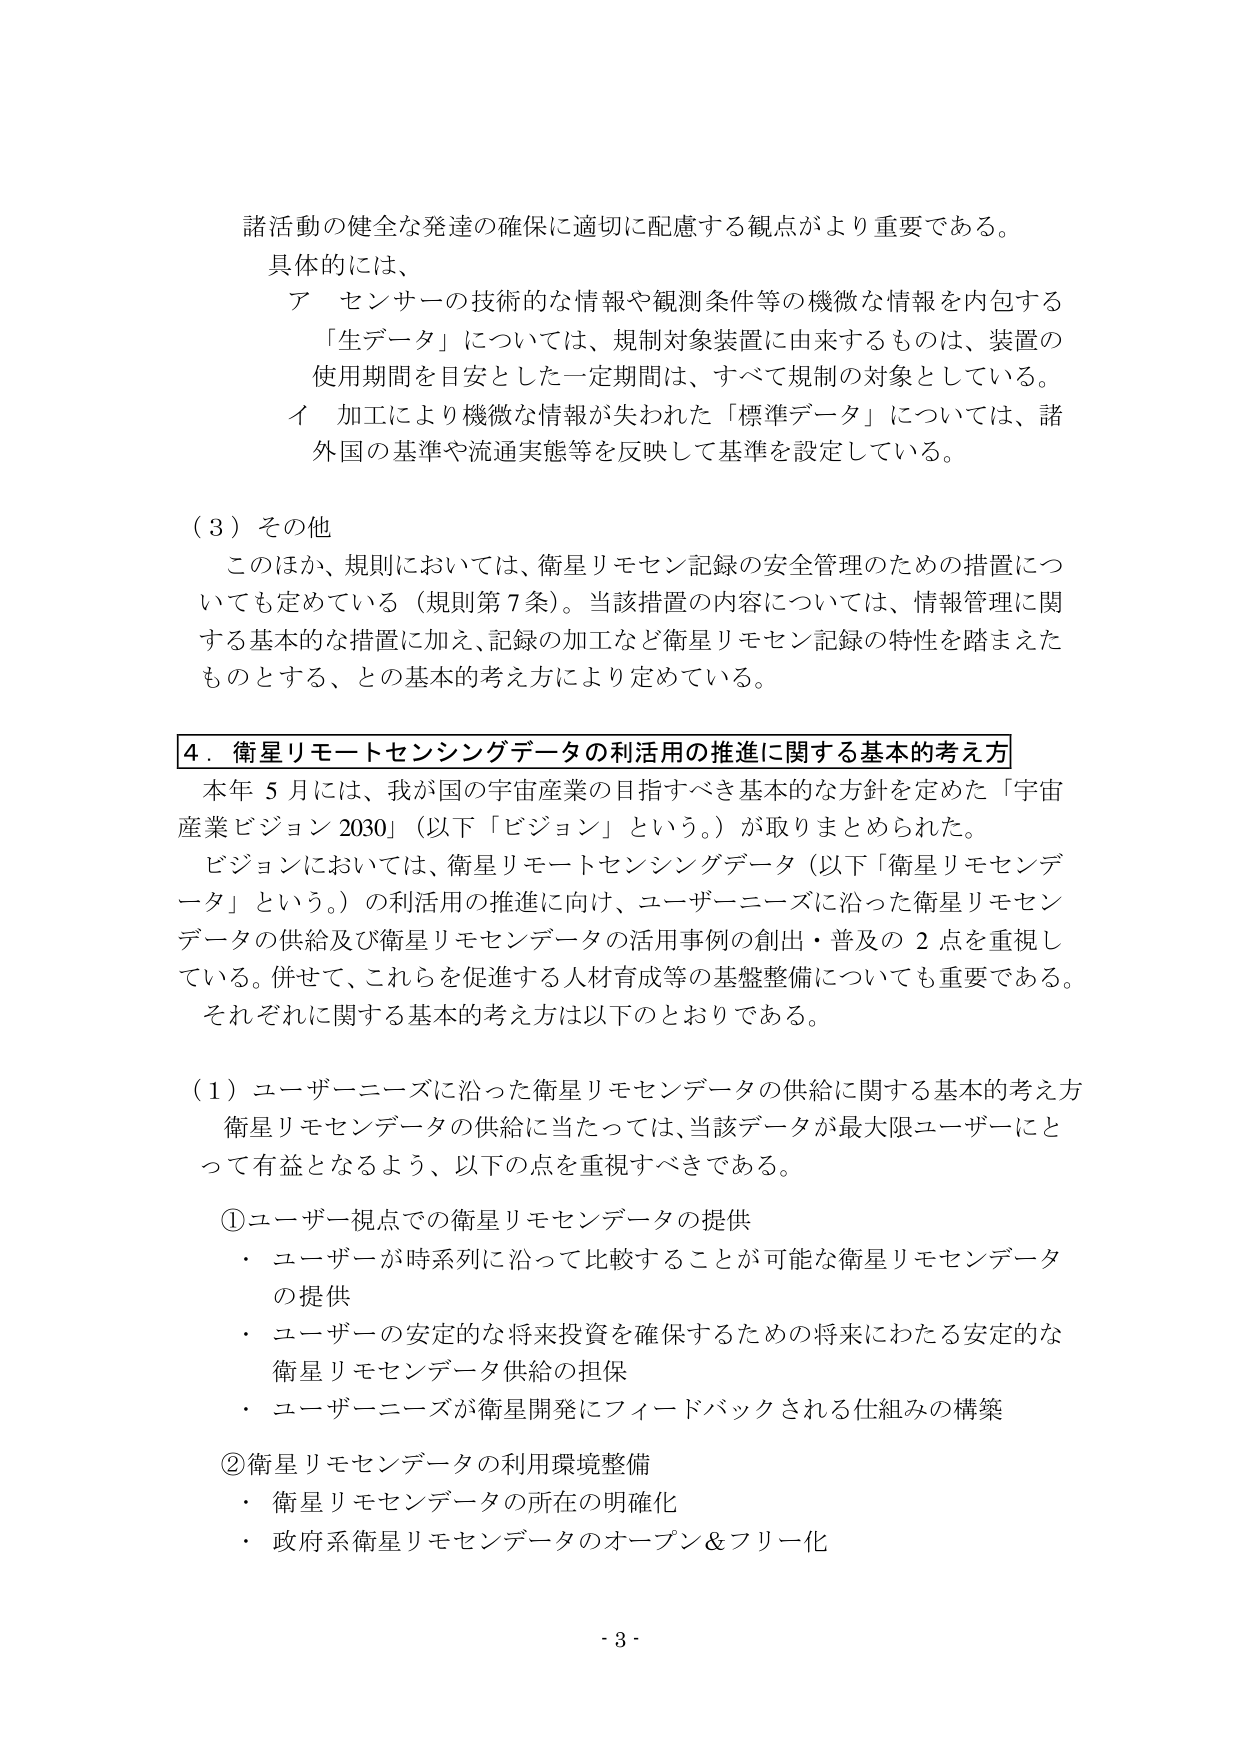
諸活動の健全な発達の確保に適切に配慮する観点がより重要である。
具体的には、
　ア　センサーの技術的な情報や観測条件等の機微な情報を内包する
　　「生データ」については、規制対象装置に由来するものは、装置の
　　使用期間を目安とした一定期間は、すべて規制の対象としている。
　イ　加工により機微な情報が失われた「標準データ」については、諸
　　外国の基準や流通実態等を反映して基準を設定している。

（３）その他
　このほか、規則においては、衛星リモセン記録の安全管理のための措置につ
　いても定めている（規則第７条）。当該措置の内容については、情報管理に関
　する基本的な措置に加え、記録の加工など衛星リモセン記録の特性を踏まえた
　ものとする、との基本的考え方により定めている。

４．衛星リモートセンシングデータの利活用の推進に関する基本的考え方
　本年５月には、我が国の宇宙産業の目指すべき基本的な方針を定めた「宇宙
　産業ビジョン2030」（以下「ビジョン」という。）が取りまとめられた。
　ビジョンにおいては、衛星リモートセンシングデータ（以下「衛星リモセンデ
　ータ」という。）の利活用の推進に向け、ユーザーニーズに沿った衛星リモセン
　データの供給及び衛星リモセンデータの活用事例の創出・普及の２点を重視し
　ている。併せて、これらを促進する人材育成等の基盤整備についても重要である。
　それぞれに関する基本的考え方は以下のとおりである。

（１）ユーザーニーズに沿った衛星リモセンデータの供給に関する基本的考え方
　衛星リモセンデータの供給に当たっては、当該データが最大限ユーザーにと
　って有益となるよう、以下の点を重視すべきである。

　①ユーザー視点での衛星リモセンデータの提供
　　・ ユーザーが時系列に沿って比較することが可能な衛星リモセンデータ
　　　の提供
　　・ ユーザーの安定的な将来投資を確保するための将来にわたる安定的な
　　　衛星リモセンデータ供給の担保
　　・ ユーザーニーズが衛星開発にフィードバックされる仕組みの構築

　②衛星リモセンデータの利用環境整備
　　・ 衛星リモセンデータの所在の明確化
　　・ 政府系衛星リモセンデータのオープン＆フリー化

- 3 -